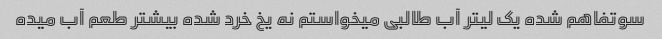
سوتفاهم شده یک لیتر آب طالبی میخواستم نه یخ خرد شده بیشتر طعم آب میده